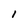
Character: 1